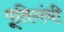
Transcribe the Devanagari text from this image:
पूतिगंधी